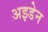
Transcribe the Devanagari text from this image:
अइडेन